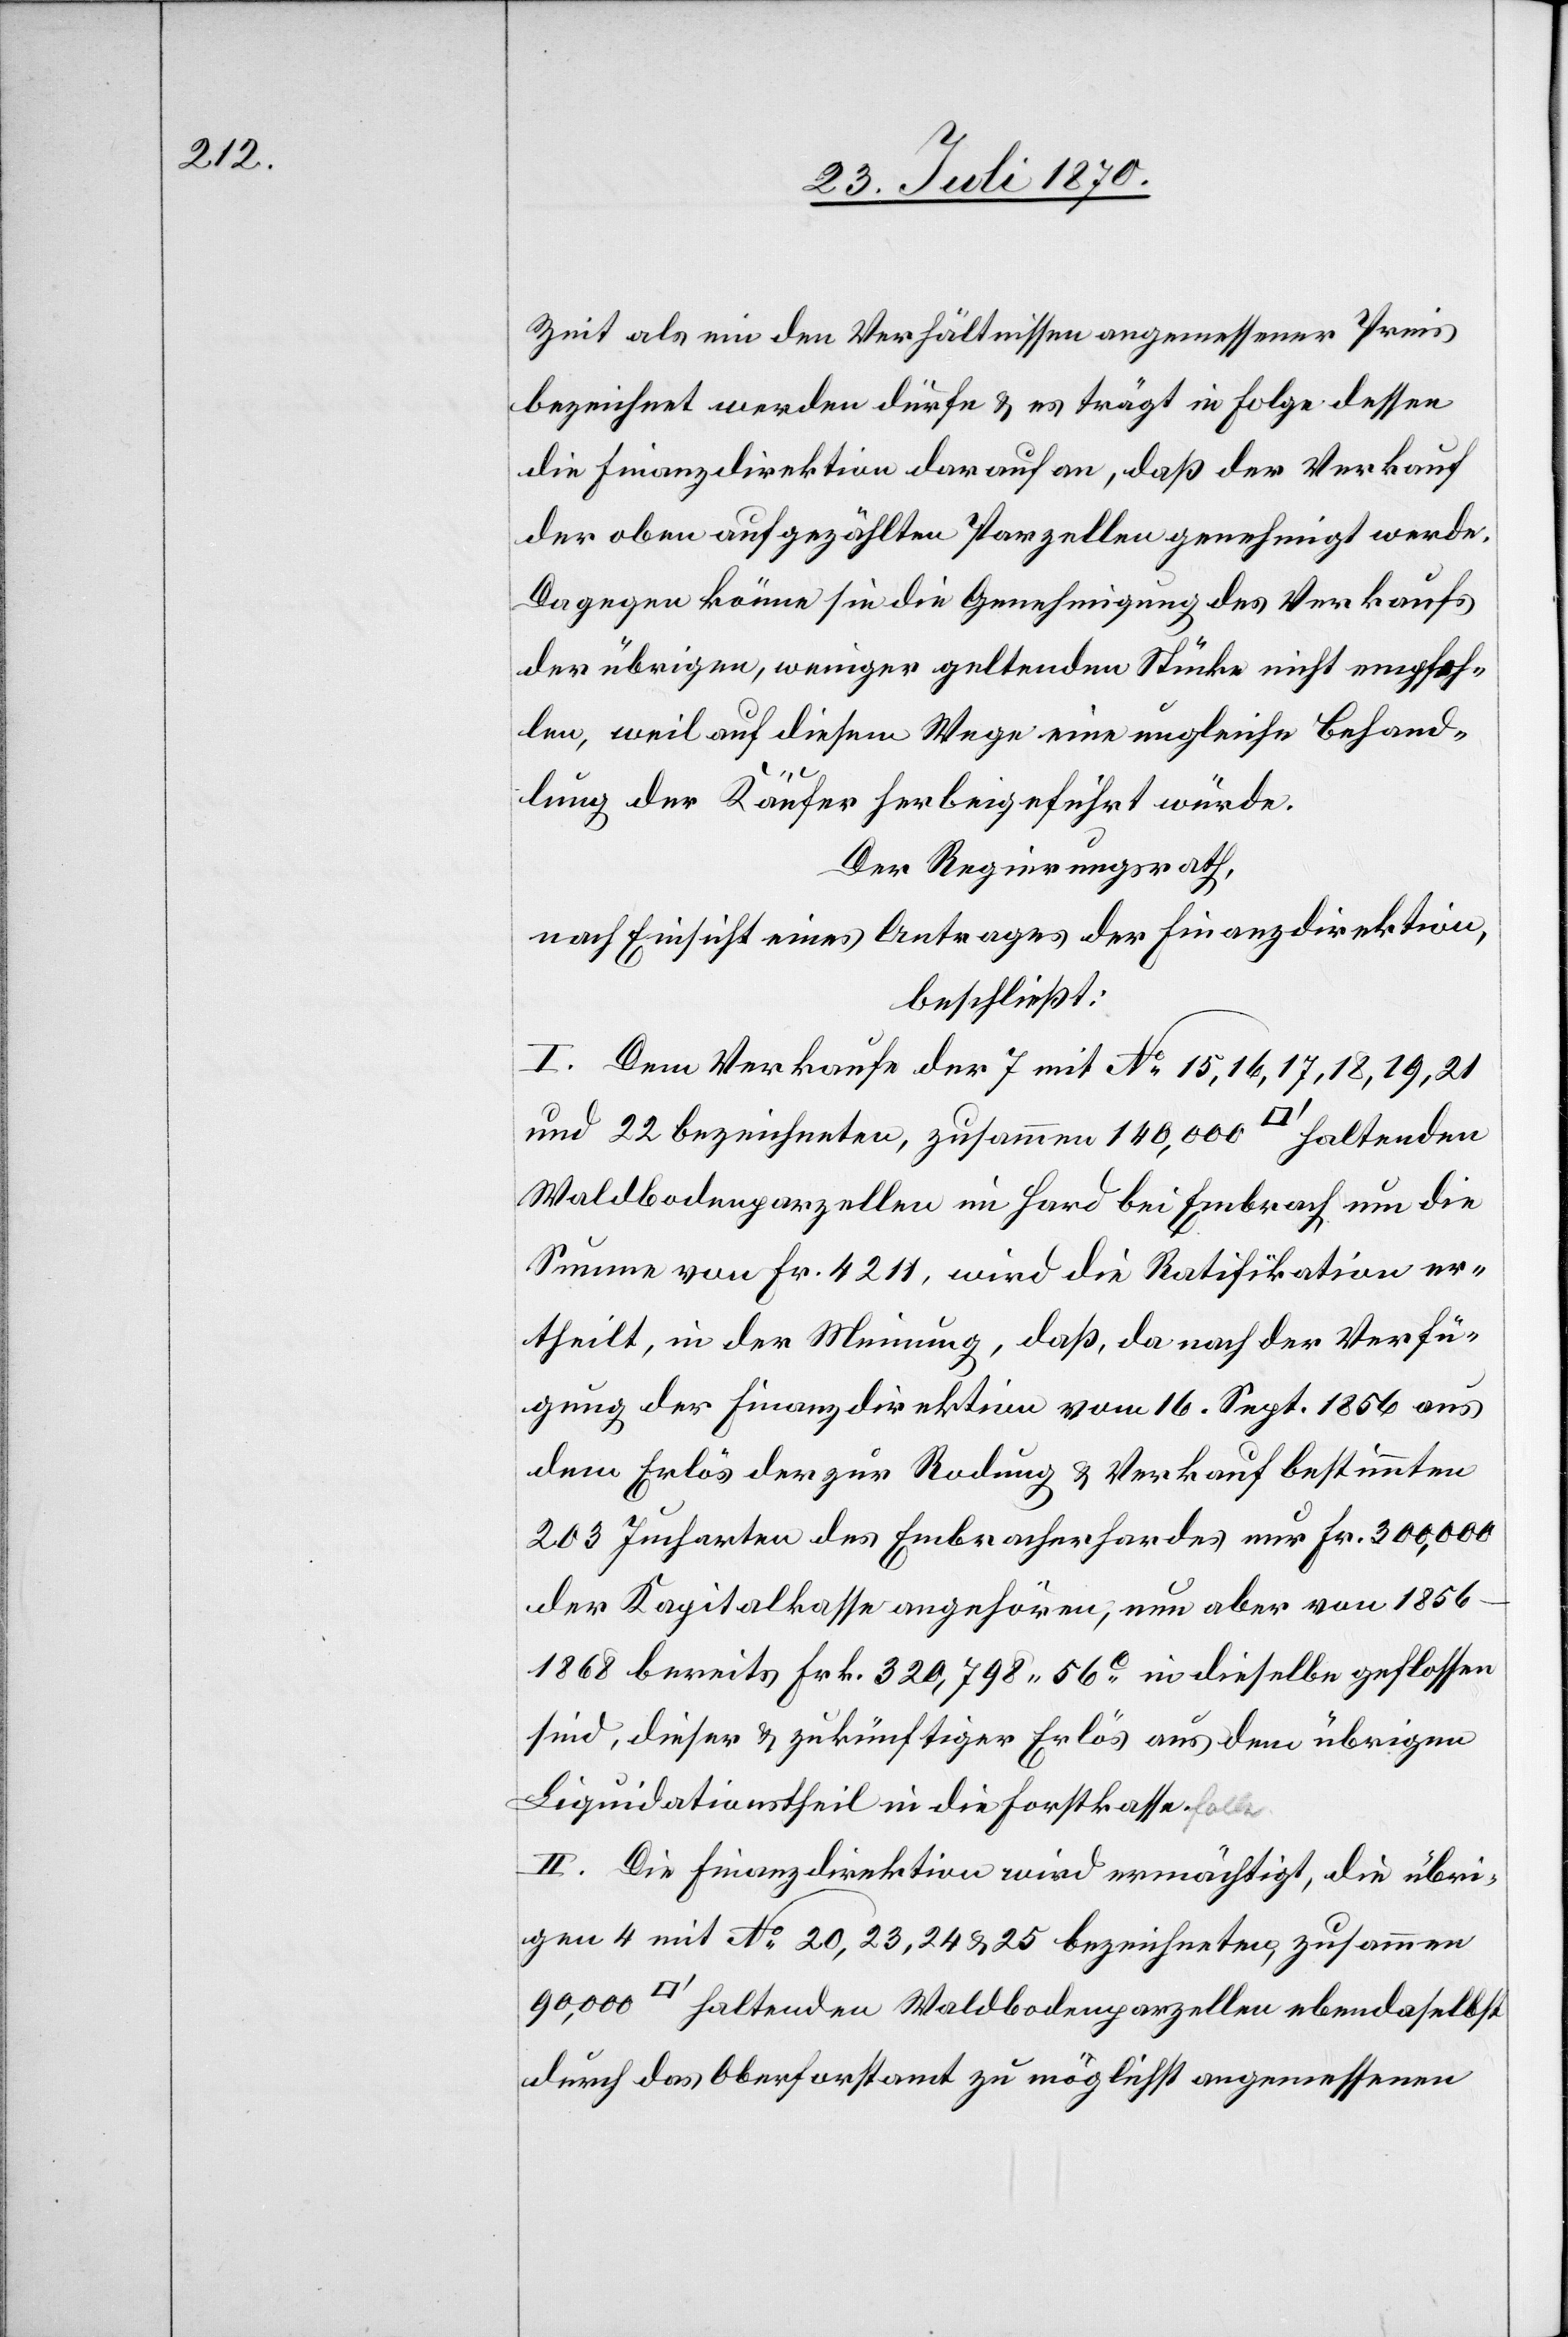
Zeit als ein den Verhältnissen angemessener Preis
bezeichnet werden dürfe & es trägt in Folge dessen
die Finanzdirektion darauf an, daß der Verkauf
der oben aufgezählten Parzellen genehmigt werde.
Dagegen könne sie die Genehmigung des Verkaufs
der übrigen, weniger geltenden Stücke nicht empfeh¬
len, weil auf diesem Wege eine ungleiche Behand¬
lung der Käufer herbeigeführt würde.
Der Regierungsrath,
nach Einsicht eines Antrages der Finanzdirektion,
beschließt:
I. Dem Verkaufe der 7 mit No 15, 16, 17, 18, 19, 21
und 22 bezeichneten, zusammen 140,000 [Quadratfuß] haltenden
Waldbodenparzellen im Hard bei Embrach um die
Summe von Fr. 4211, wird die Ratifikation er¬
theilt, in der Meinung, daß, da nach der Verfü¬
gung der Finanzdirektion vom 16. Sept. 1856 aus
dem Erlös der zu Rodung & Verkauf bestimmten
203 Jucharten des Embracherhardes nur Fr. 300,000
der Kapitalkasse angehören, nun aber von 1856–1868
bereits Frk. 320,798.56c in dieselbe geflossen
sind, dieser & zukünftiger Erlös aus dem übrigen
Liquidationstheil in die Forstkasse
II. Die Finanzdirektion wird ermächtigt, die übri¬
gen 4 mit No 20, 23, 24 & 25 bezeichneten, zusammen
[Quadratfuß] haltenden Waldbodenparzellen ebendaselbst
durch das Oberforstamt zu möglichst angemessenen